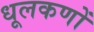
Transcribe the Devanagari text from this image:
धूलकणों